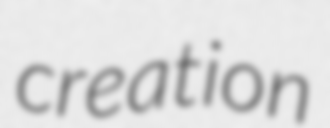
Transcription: creation